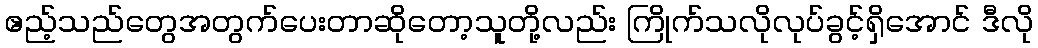
ဧည့်သည်တွေအတွက်ပေးတာဆိုတော့သူတို့လည်း ကြိုက်သလိုလုပ်ခွင့်ရှိအောင် ဒီလို